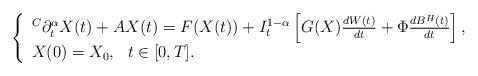
LaTeX: \begin{align*}\left\{\begin{array}{ll}^C\partial^{\alpha}_tX(t)+AX(t)=F(X(t))+I_t^{1-\alpha}\left[G(X)\frac{dW(t)}{dt}+\Phi\frac{dB^H(t)}{dt}\right], \\X(0)=X_0,\,\,\,\,t\in[0,T].\end{array}\right.\end{align*}